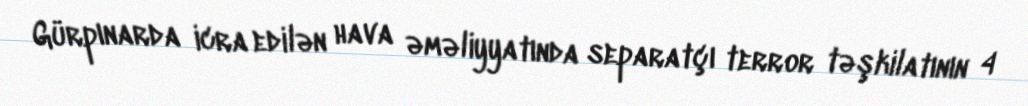
Gürpınarda icra edilən hava əməliyyatında separatçı terror təşkilatının 4